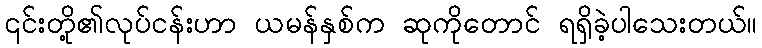
၎င်းတို့၏လုပ်ငန်းဟာ ယမန်နှစ်က ဆုကိုတောင် ရရှိခဲ့ပါသေးတယ်။